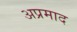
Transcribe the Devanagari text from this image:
अप्रमाद